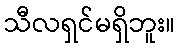
သီလရှင်မရှိဘူး။